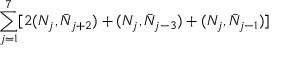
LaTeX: \sum _ { j = 1 } ^ { 7 } [ 2 ( N _ { j } , \bar { N } _ { j + 2 } ) + ( N _ { j } , \bar { N } _ { j - 3 } ) + ( N _ { j } , \bar { N } _ { j - 1 } ) ]